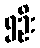
၅ဦး